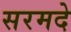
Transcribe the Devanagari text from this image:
सरमदे